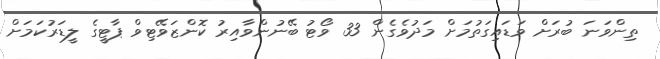
ތިންވަނަ ބުރަށް ވަޑައިގަތުމަށް މަދުވެގެން 33 ވޯޓު ބޭނުންވާއިރު ކޮންޒަވޭޓިވް ޕާޓީގެ ލީޑަރުކަމަށް